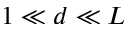
1 \ll d \ll L